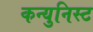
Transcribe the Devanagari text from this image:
कन्युनिस्ट